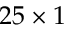
2 5 \times 1